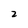
Character: 2